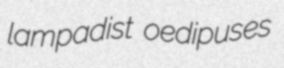
lampadist oedipuses